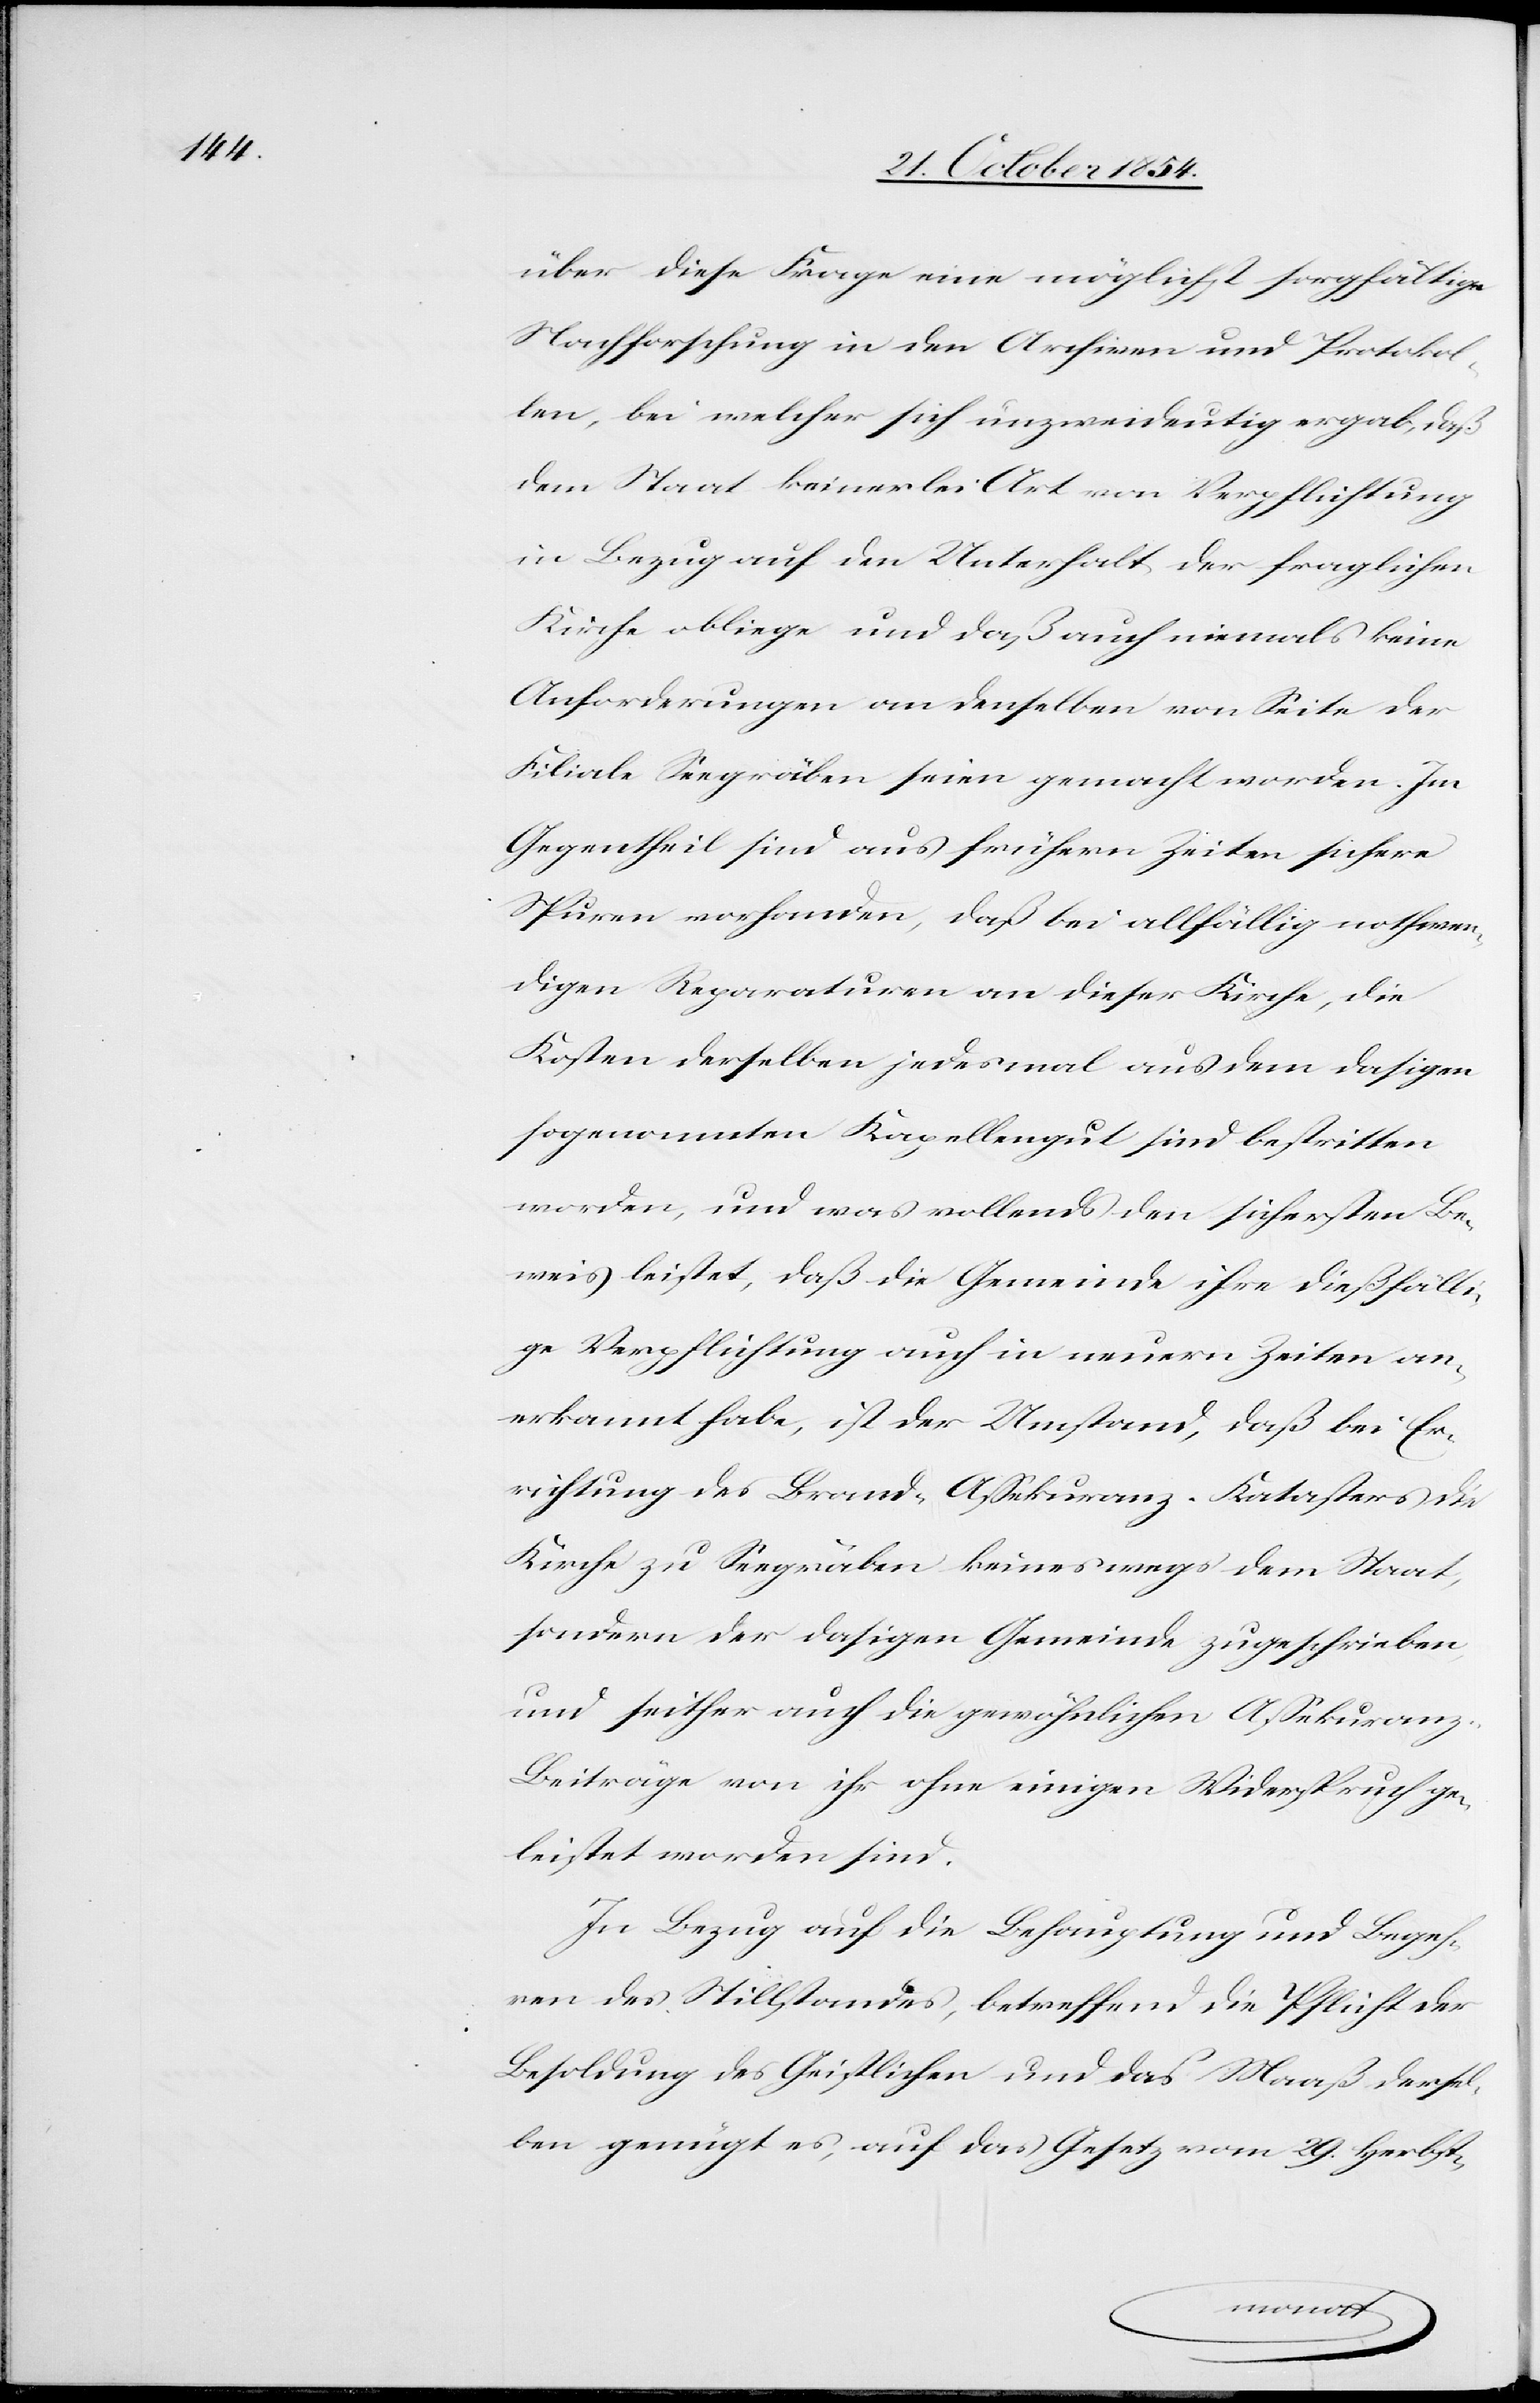
über diese Frage eine möglichst sorgfältige
Nachforschung in den Archiven und Protokol¬
len, bei welcher sich unzweideutig ergab, daß
dem Staat keinerlei Art von Verpflichtung
in Bezug auf den Unterhalt der fraglichen
Kirche obliege und daß auch niemals keine
Anforderungen an denselben von Seite der
Filiale Seegräben seien gemacht worden. Im
Gegentheil sind aus frühern Zeiten sichere
Spuren vorhanden, daß bei allfällig nothwen¬
digen Reparaturen an dieser Kirche, die
Kosten derselben jedesmals aus dem dasigen
sogenannten Kappellengut sind bestritten
worden, und was vollends den sichersten Be¬
weis leistet, daß die Gemeinde ihre dießfälli¬
ge Verpflichtung auch in neuern Zeiten an¬
erkannt habe, ist der Umstand, daß bei Er¬
richtung des Brand-Aßekuranz-Katasters die
Kirche zu Seegräben keineswegs dem Staat,
sondern der dasigen Gemeinde zugeschrieben
und seither auch die gewöhnlichen Aßekuran¬
z-Beiträge von ihr ohne einigen Widerspruch ge¬
leistet worden sind.
In Bezug auf die Behauptung und Begeh¬
ren des Stillstandes, betreffend die Pflicht der
Besoldung des Geistlichen und das Maaß dersel¬
ben genügt es, auf das Gesetz vom 29. Herbst-